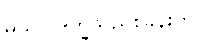
မယ်လဒုက္ခသည်စခန်းတွင်